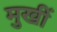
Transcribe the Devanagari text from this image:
मुखीं